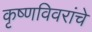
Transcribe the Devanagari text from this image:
कृष्णविवरांचे